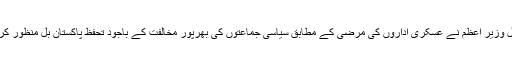
فی الحال وزیرِ اعظم نے عسکری اداروں کی مرضی کے مطابق سیاسی جماعتوں کی بھرپور مخالفت کے باجود تحفظِ پاکستان بل منظور کرلیا ہے۔